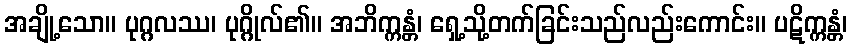
အချို့သော။ ပုဂ္ဂလဿ၊ ပုဂ္ဂိုလ်၏။ အဘိက္ကန္တံ၊ ရှေ့သို့တက်ခြင်းသည်လည်းကောင်း။ ပဋိက္ကန္တံ၊